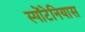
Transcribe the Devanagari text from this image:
स्पोंटेनियास